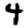
Digit: 4